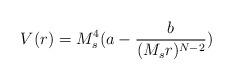
LaTeX: \begin{align*}V(r) = M^4_s(a - {b \over (M_{s}r)^{N -2}})\end{align*}